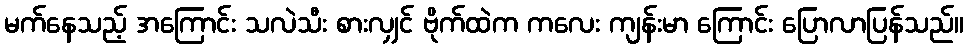
မက်နေသည့် အကြောင်း သလဲသီး စားလျှင် ဗိုက်ထဲက ကလေး ကျန်းမာ ကြောင်း ပြောလာပြန်သည်။